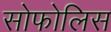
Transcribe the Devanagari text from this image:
सोफोलिस